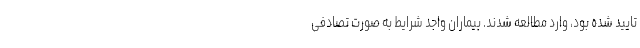
تایید شده بود، وارد مطالعه شدند. بیماران واجد شرایط به صورت تصادفی